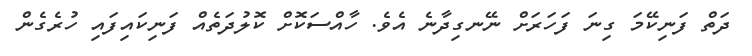
ދަތް ފަނިކޭމަ ގިނަ ފަހަރަށް ނޭނގިދާނެ އެވެ. ހާއްސަކޮށް ކޮލުދަތެއް ފަނިކައިފައި ހުރެގެން